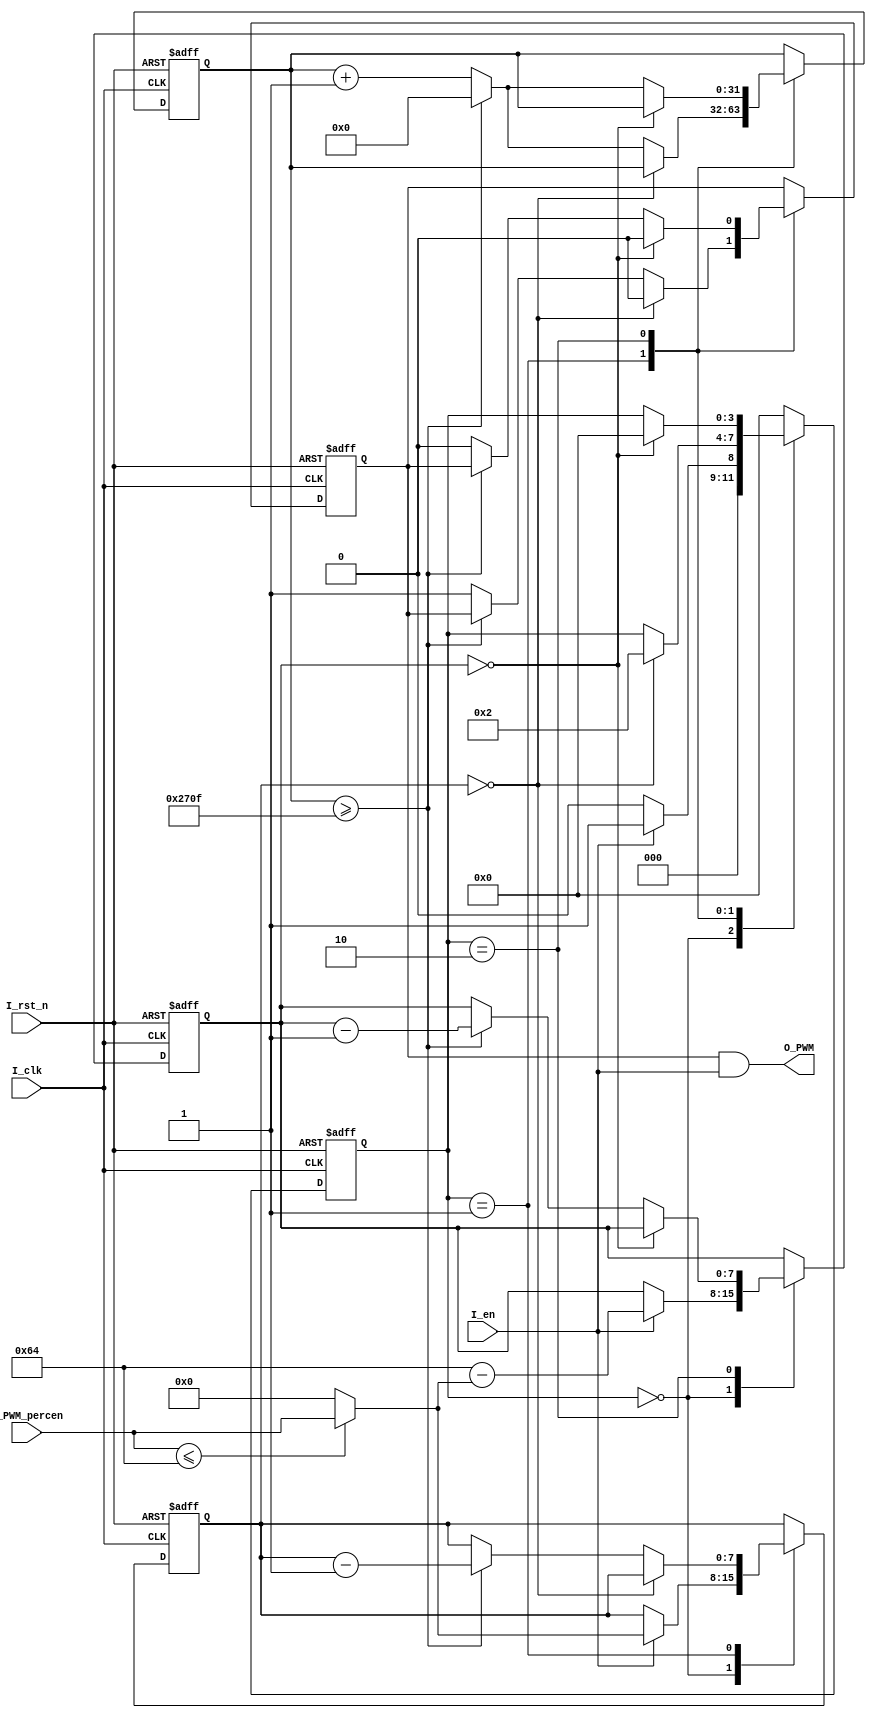
module PWM_Module
(
	input		I_clk			,  	// 100Mhz = 10ns
	input		I_rst_n			,	// rst_n_in, active low
	input		I_en			,	// enable active high
	input [7:0]	I_PWM_percen		, 	// 8bit input range 0-100
	output		O_PWM				// pin output
);

parameter
	TIME_100HZ 		= 1_000_000	/ 100 - 1;

reg [31:0] R_cycle_cnt = 0;
reg R_out = 0;
reg [7:0] R_percen_rise = 0, R_percen_down = 0;	// percen count
reg [3:0] R_state = 0;

assign O_PWM = R_out & I_en;	// I_en

always @(posedge I_clk or negedge I_rst_n)
begin
	if(!I_rst_n)
	begin
		R_cycle_cnt <= 0;
		R_state <= 0;
		R_percen_rise <= 0;
		R_percen_down <= 0;
		R_out <= 0;
	end
	else
	begin
		case(R_state)
			4'd0:
			begin
				if(I_en == 1'b1)	//EN
				begin
					R_state = 4'd1;
					R_percen_rise = (I_PWM_percen <= 100) ? I_PWM_percen : 8'd0; //overflow%
					R_percen_down = 100 - R_percen_rise;
				end
				else
					R_state <= 4'd0;
			end
		
			4'd1:	// rise cycle
			begin
				// percenR_cycle_cntR_percen_rise-1
				// R_percen_rise0
				if(R_percen_rise == 0)	
				begin
					R_state 	<= 4'd2;	//to down cycle
					R_out 		<= 1'b0;
				end
				else
				begin
					if(R_cycle_cnt >= TIME_100HZ)
					begin
						R_percen_rise <= R_percen_rise - 1;
						R_cycle_cnt <= 0;
					end
					else
					begin
						R_cycle_cnt <= R_cycle_cnt + 1'b1;
						R_out 		<= 1'b1;	//1
					end
				end
			end			
		
			4'd2:	// down cycle
			begin
				// percenR_cycle_cntR_percen_down-1
				// R_percen_down0
				if(R_percen_down == 0)	
				begin
					R_state 	<= 4'd0;	//to down cycle
					R_out 		<= 1'b0;
				end
				else
				begin
					if(R_cycle_cnt >= TIME_100HZ)
					begin
						R_percen_down <= R_percen_down - 1;
						R_cycle_cnt	<= 0;
					end
					else
					begin
						R_cycle_cnt <= R_cycle_cnt + 1'b1;
						R_out 		<= 1'b0;	//0
					end
				end
			end			
		
			default: R_state <= 4'd0;
		endcase 
	end
end

endmodule